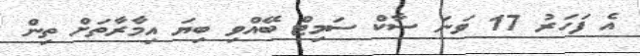
އެ ފަހަރު 17 ވަނަ ސާކް ސަމިޓް ބޭއްވި ބިޔަ އިމާރާތަށް ތިން